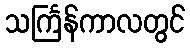
သင်္ကြန်ကာလတွင်